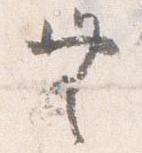
無